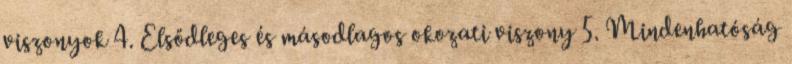
viszonyok 4. Elsődleges és másodlagos okozati viszony 5. Mindenhatóság